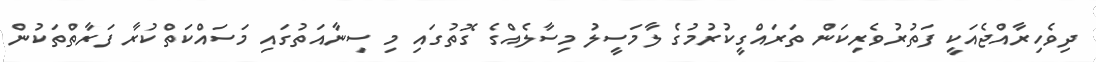
ދިވެހިރާއްޖެއަކީ ފަތުރުވެރިކަން ތަރައްގީކުރުމުގެ ލާމަސީލު މިސާލެއްގެ ގޮތުގައި މި ސިނާއަތުގައި މަސައްކަތްކުރާ ފަރާތްތަކުން